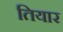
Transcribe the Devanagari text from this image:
तियार